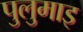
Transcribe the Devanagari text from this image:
पुलुमाइ